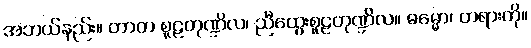
အဘယ်နည်း။ တာတ စူဠတုဏ္ဍိလ၊ ညီထွေးစူဠတုဏ္ဍိလ။ ဓမ္မော၊ တရားကို။